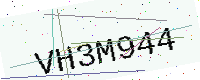
Text: VH3M944